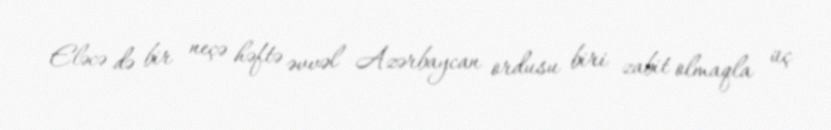
Eləcə də bir neçə həftə əvvəl Azərbaycan ordusu biri zabit olmaqla üç